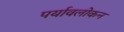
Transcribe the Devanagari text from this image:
पर्यावलोकन